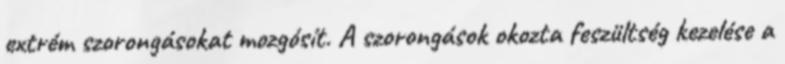
extrém szorongásokat mozgósít. A szorongások okozta feszültség kezelése a